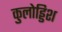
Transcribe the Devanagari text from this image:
कुलोड्डिश